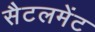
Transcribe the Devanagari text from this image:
सैटलमेंट